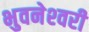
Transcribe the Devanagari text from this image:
भुवनेश्‍वरी